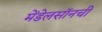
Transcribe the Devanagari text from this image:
मेंडेलसॉनची